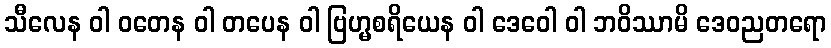
သီလေန ဝါ ဝတေန ဝါ တပေန ဝါ ဗြဟ္မစရိယေန ဝါ ဒေဝေါ ဝါ ဘဝိဿာမိ ဒေဝညတရော